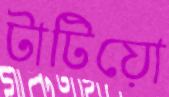
টাটিয়ো